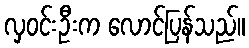
လှဝင်းဦးက လောင်ပြန်သည်။